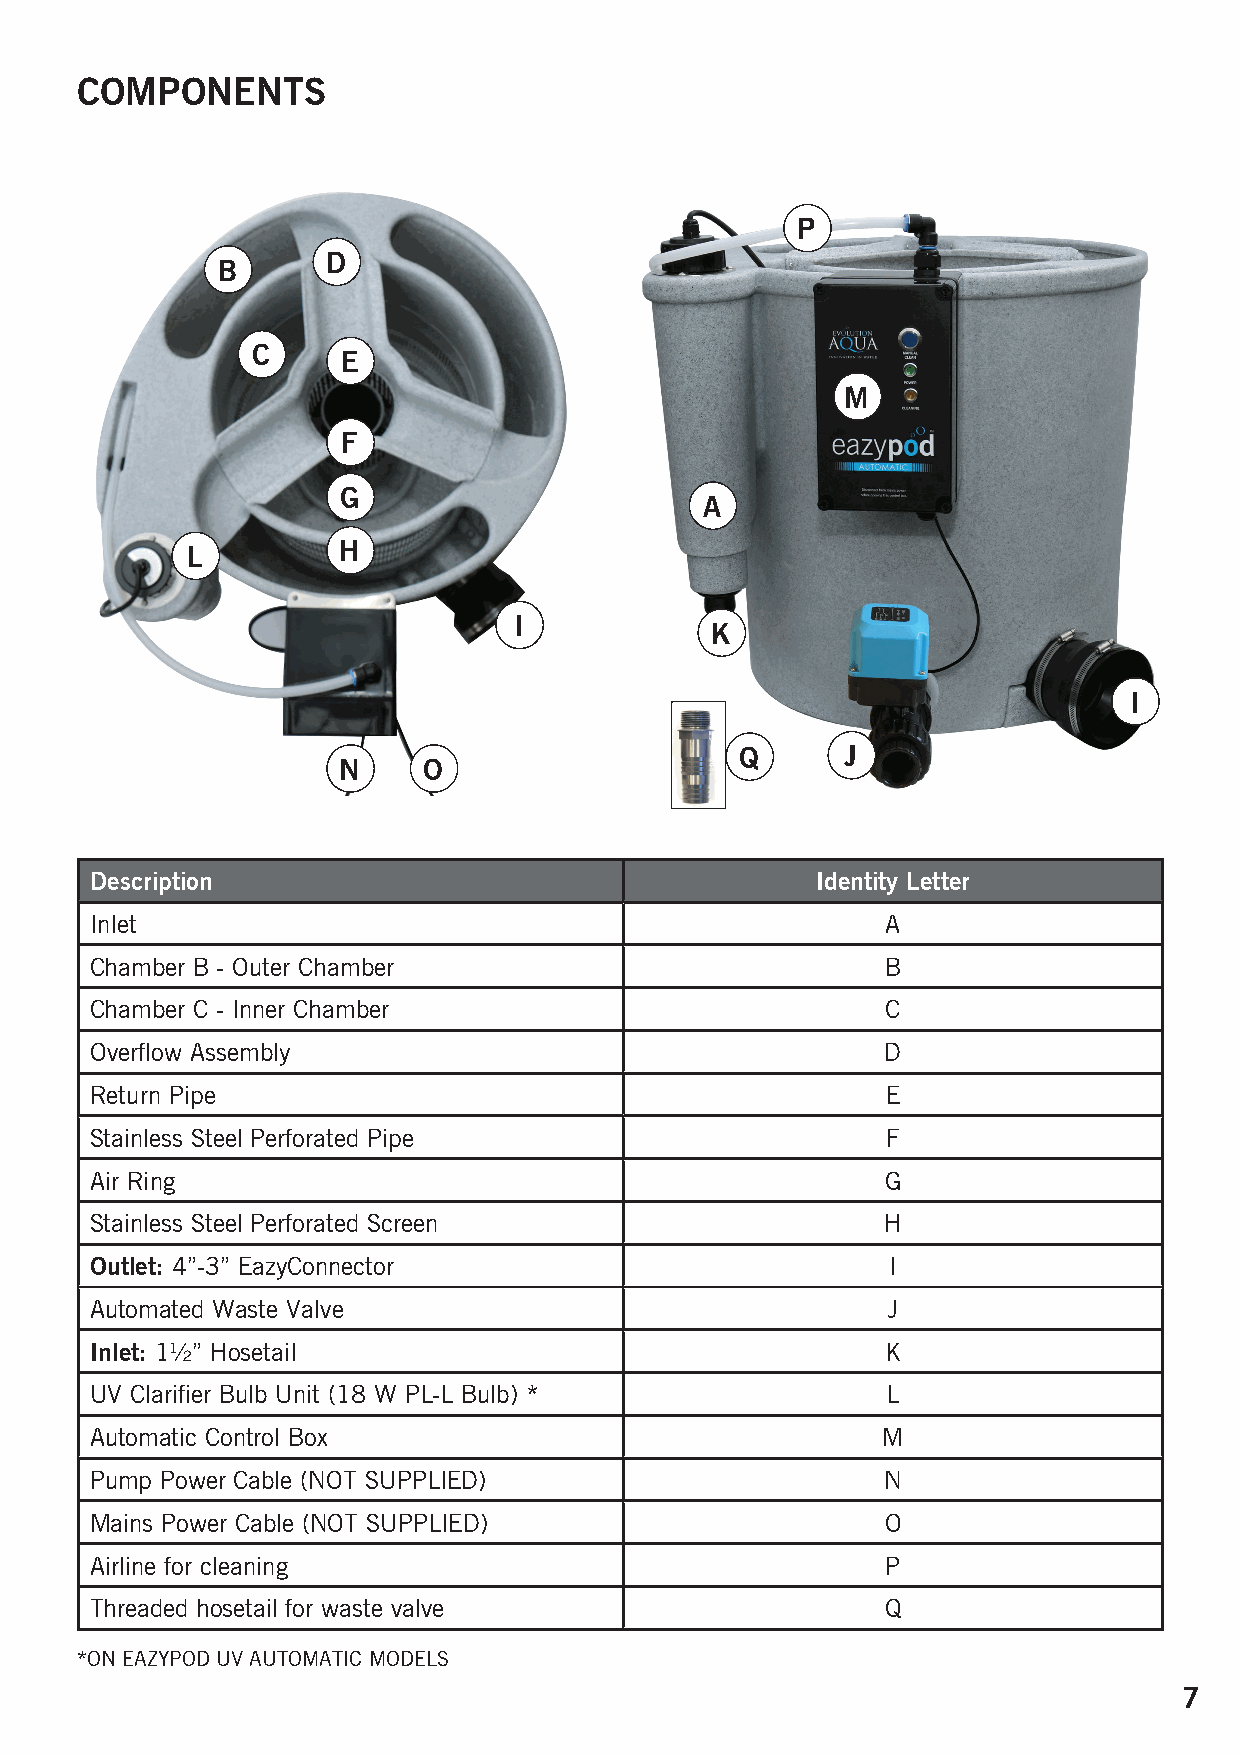
COMPONENTS
 P
 D
 B
 C
 E
 M
 F
 G
 A
 L         H
 I
 K
 I
 Q      J
 N     O
 Description                                     Identity Letter
 Inlet                                                A
 Chamber B - Outer Chamber                            B
 Chamber C - Inner Chamber                            C
 Overflow Assembly                                    D
 Return Pipe                                          E
 Stainless Steel Perforated Pipe                      F
 Air Ring                                             G
 Stainless Steel Perforated Screen                   H
 Outlet: 4”-3” EazyConnector                          I
 Automated Waste Valve                                J
 Inlet: 1½” Hosetail                                  K
 UV Clarifier Bulb Unit (18 W PL-L Bulb) *            L
 Automatic Control Box                               M
 Pump Power Cable (NOT SUPPLIED)                     N
 Mains Power Cable (NOT SUPPLIED)                     O
 Airline for cleaning                                 P
 Threaded hosetail for waste valve                    Q
 *ON EAZYPOD UV AUTOMATIC MODELS
 7